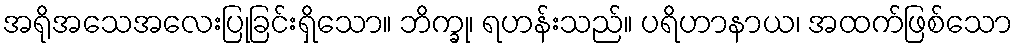
အရိုအသေအလေးပြုခြင်းရှိသော။ ဘိက္ခု၊ ရဟန်းသည်။ ပရိဟာနာယ၊ အထက်ဖြစ်သော